Scientific memoirs by medical officers of the Army of India - Part X,
Year: 1897
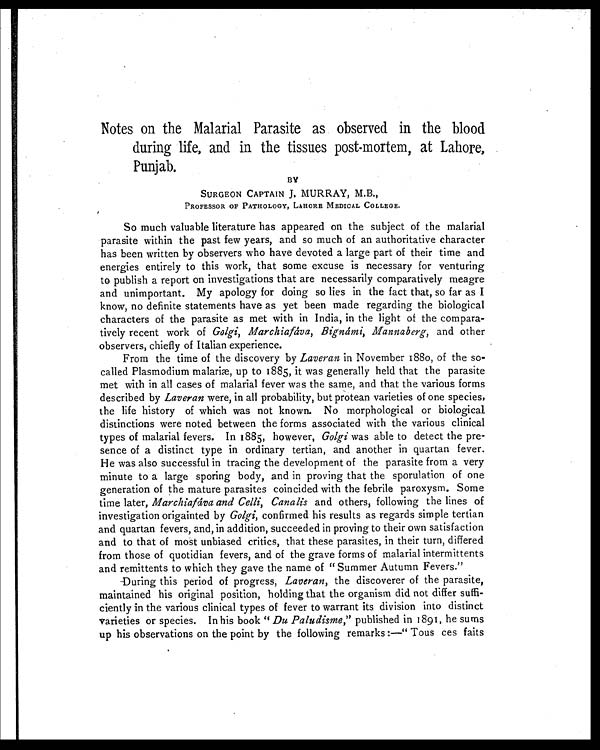
Notes on the Malarial Parasite as observed in the blood
during life, and in the tissues post-mortem, at Lahore,
Punjab.
BY
SURGEON CAPTAIN J. MURRAY, M.B.,
PROFESSOR OF PATHOLOGY, LAHORE MEDICAL COLLEGE.
So much valuable literature has appeared on the subject of the malarial
parasite within the past few years, and so much of an authoritative character
has been written by observers who have devoted a large part of their time and
energies entirely to this work, that some excuse is necessary for venturing
to publish a report on investigations that are necessarily comparatively meagre
and unimportant. My apology for doing so lies in the fact that, so far as I
know, no definite statements have as yet been made regarding the biological
characters of the parasite as met with in India, in the light of the compara-
tively recent work of Golgi, Marchiafáva, Bignámi, Mannaberg, and other
observers, chiefly of Italian experience.
From the time of the discovery by Laveran in November 1880, of the so-
called Plasmodium malariæ, up to 1885, it was generally held that the parasite
met with in all cases of malarial fever was the same, and that the various forms
described by Laveran were, in all probability, but protean varieties of one species,
the life history of which was not known. No morphological or biological
distinctions were noted between the forms associated with the various clinical
types of malarial fevers. In 1885, however, Golgi was able to detect the pre-
sence of a distinct type in ordinary tertian, and another in quartan fever.
He was also successful in tracing the development of the parasite from a very
minute to a large sporing body, and in proving that the sporulation of one
generation of the mature parasites coincided with the febrile paroxysm. Some
time later, Marchiafáva and Celli, Canalis and others, following the lines of
investigation origainted by Golgi, confirmed his results as regards simple tertian
and quartan fevers, and, in addition, succeeded in proving to their own satisfaction
and to that of most unbiased critics, that these parasites, in their turn, differed
from those of quotidian fevers, and of the grave forms of malarial intermittents
and remittents to which they gave the name of " Summer Autumn Fevers."
During this period of progress, Laveran, the discoverer of the parasite,
maintained his original position, holding that the organism did not differ suffi-
ciently in the various clinical types of fever to warrant its division into distinct
varieties or species. In his book " Du Paludisme, " published in 1891, he sums
up his observations on the point by the following remarks :—" Tous ces faits